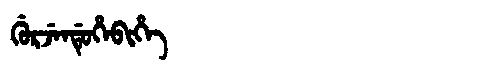
Manchu: ᡤᡠᡵᠵᡝᠨᡩᡠᡥᡝᠪᡳᡥᡝ
Romanization: GURJENDUHEBIHE